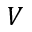
V